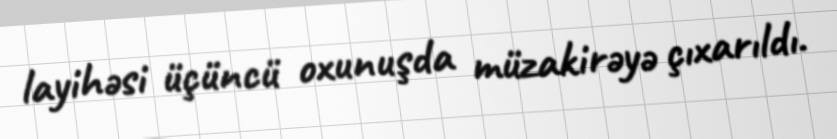
layihəsi üçüncü oxunuşda müzakirəyə çıxarıldı.